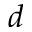
d